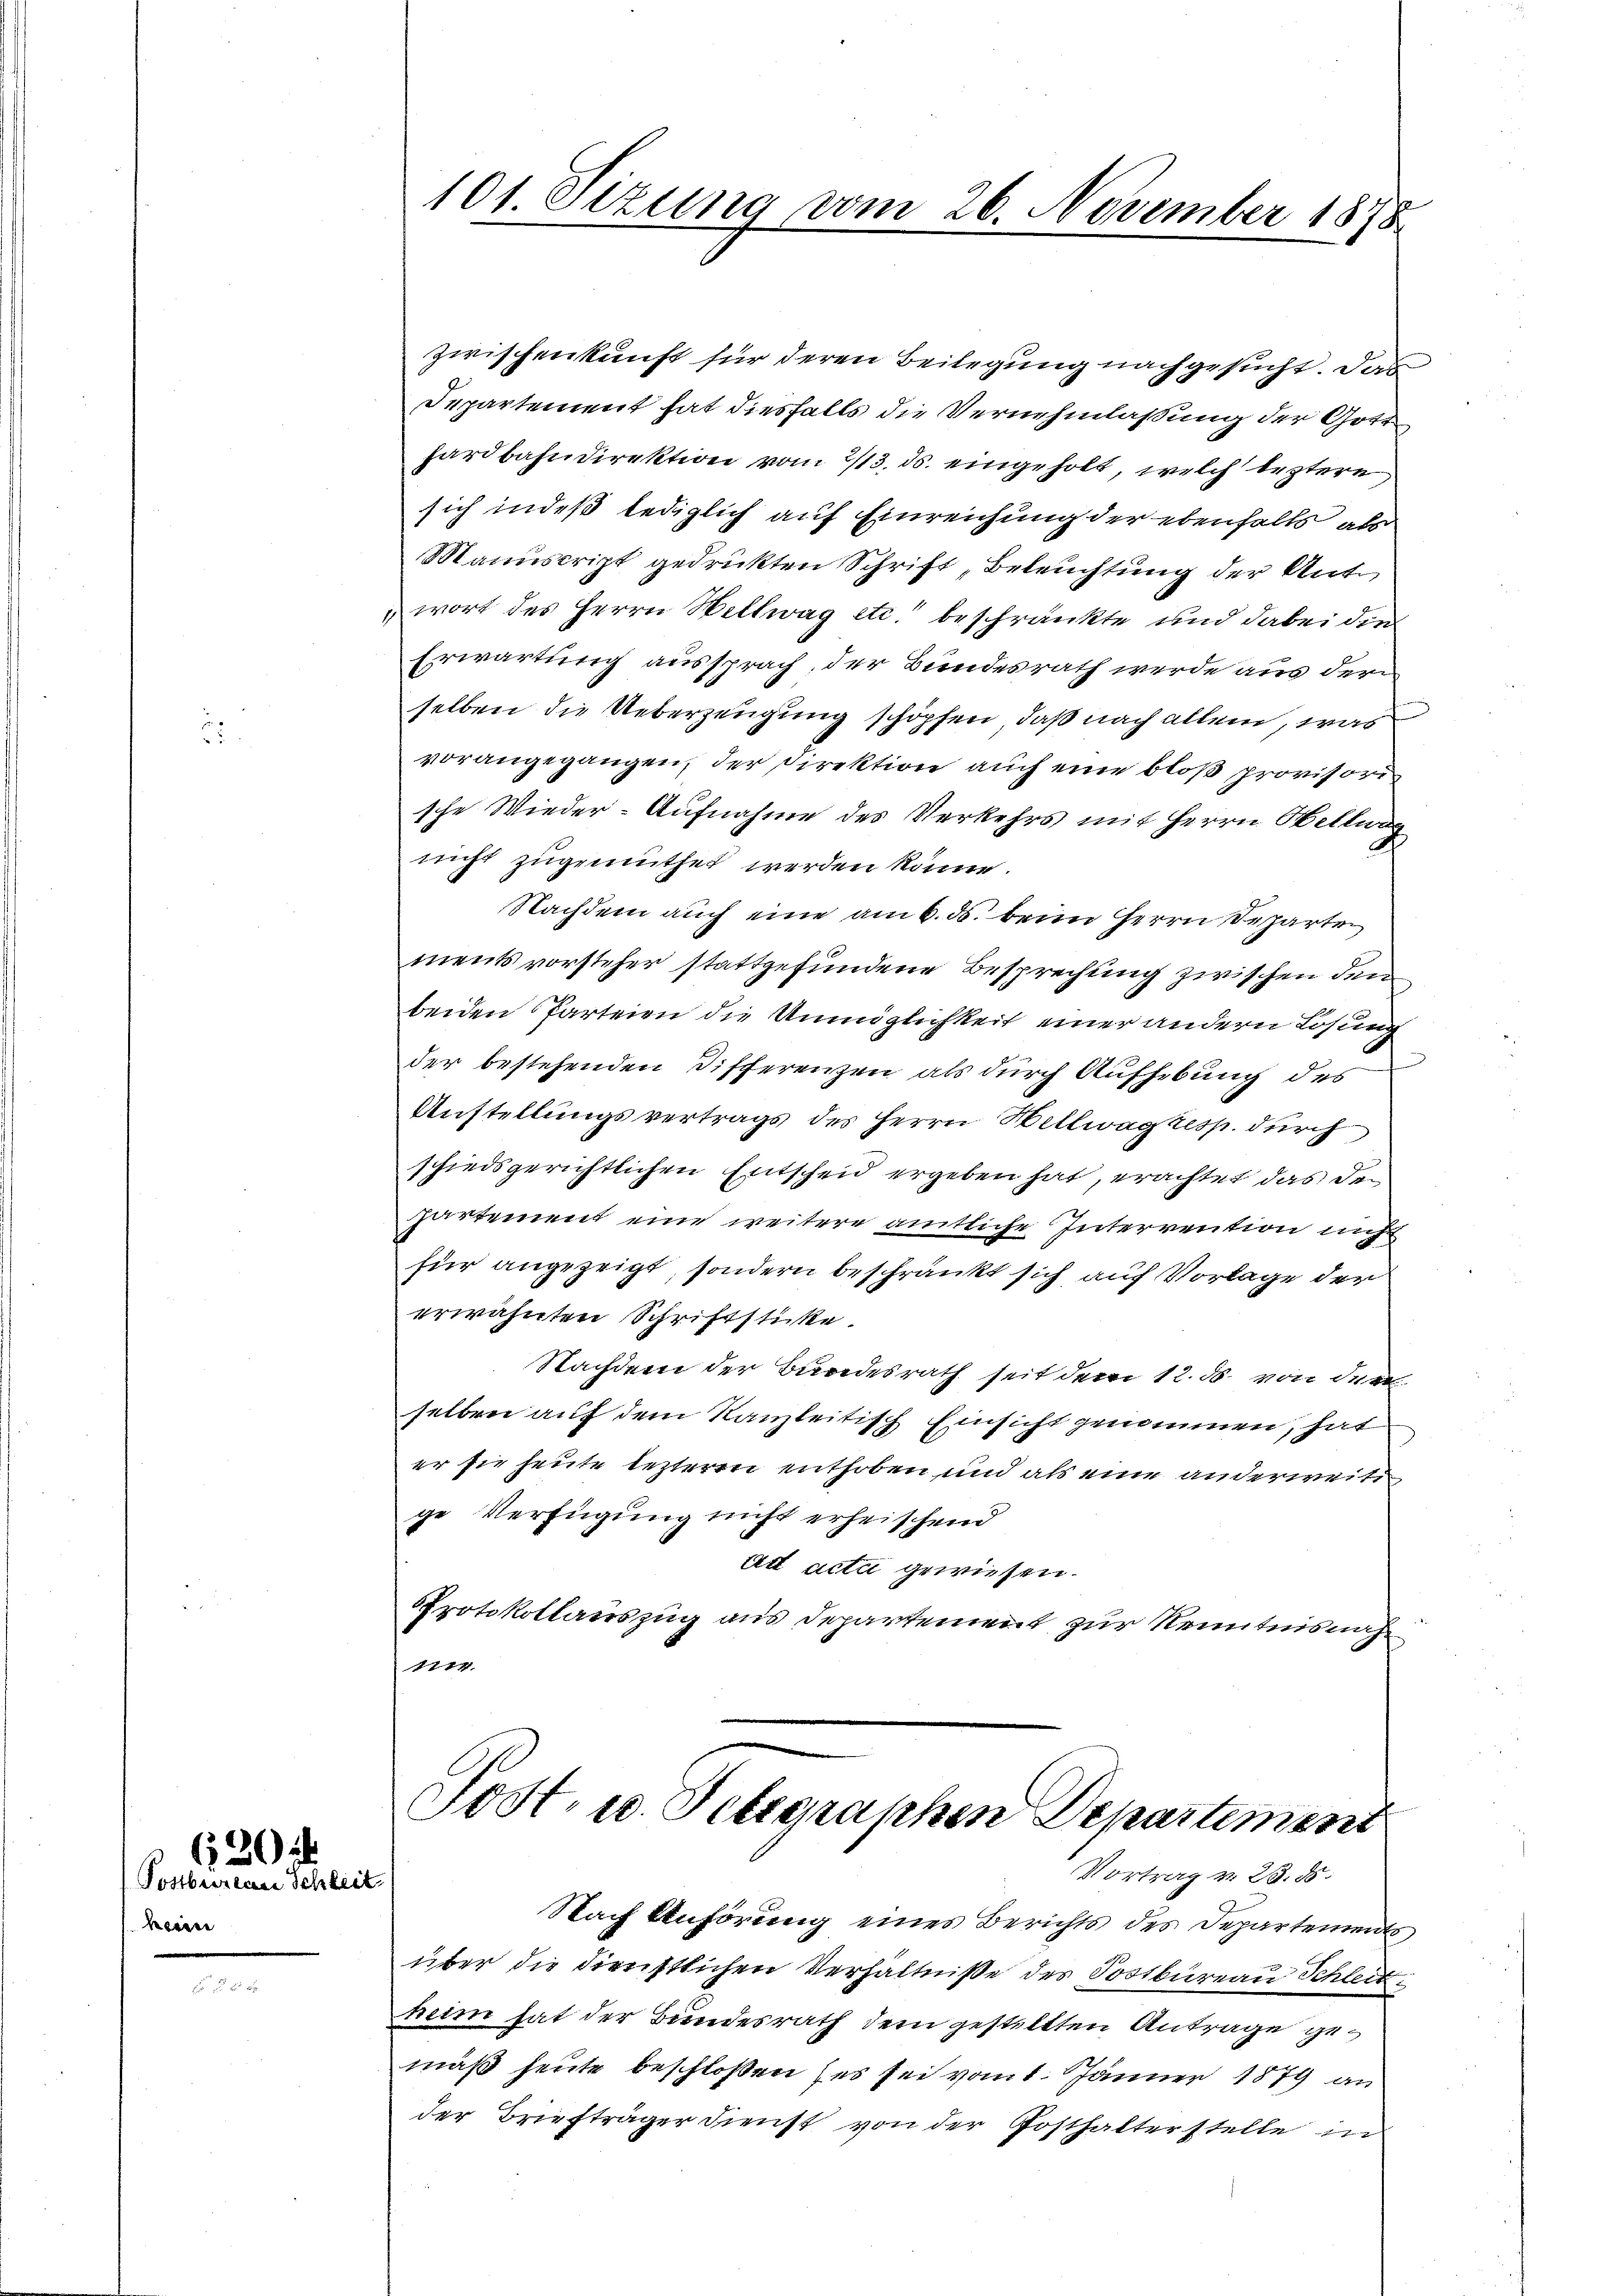
heri

620
Postbureau Schleit

zwischenkunft für deren Beilegung nachgesucht. Das
Departement hat diesfalls die Vernehmlassung der Gott
hardbahndirektion vom 2/3. ds. eingeholt, welch leztere
sich indeß lediglich auf Einreichung der ebenfalls als
Manuscript gedruckten Schrift, Beleuchtung der Antwort des Herrn Wellwag etc. beschränkte und dabei die
Erwartung aussprach, der Bundesrath werde aus der
selben die Ueberzeugung schöpfen, daß nach allem, was
vorangegangen, der Direktion auch eine bloß provisori
sche Wieder-Aufnahme des Verkehrs mit Herrn Hellwag
nicht zugemuthet werden könne.
Nachdem auch eine am 6. ds. beim Herrn Departen
ments vorsteher stattgefundene Besprechung zwischen den
beiden Parteien die Unmöglichkeit einer andern Losung
der bestehenden Differenzen als durch Aufhebung des
Austellungsvertrags des Herrn Hellwagkesp. durch
schiedsgerichtlichen Entscheid ergeben hat, erachtet das Departement eine weitere amtliche Interrention nicht
für angezeigt, sondern beschränkt sich auf Vorlage der
erwähnten Schriftsticke.
Nachdem der Bundesrath seit dem 12. ds. von der
selben auf dem Kanzleitisch Einsicht genommen, hat
er sie heute lezteren enthoben und als eine anderweite
ge Verfügung nicht erheischend
Art acta gewiesen.
Protokollauszug aus Departement zur Kenntnisnah¬
4714.

101 Sizung vom 26. November 1878

Fost- u. Telegraphen Departement
Vortrag v. 28. 55.

Nach Anhörung eines Berichts des Departements,
über die dienstlichen Verhältniße des Sostbüreau Schleit
heim hat der Bundesrath dem gestellten Antrage gemaß heute beschloßen es sei vom 1. Jänner 1879 an
der Briefträger dienst von der Posthalterstelle in